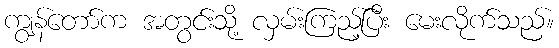
ကျွန်တော်က အတွင်းသို့ လှမ်းကြည့်ပြီး မေးလိုက်သည်။